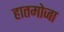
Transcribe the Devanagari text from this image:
हातमोजा